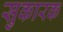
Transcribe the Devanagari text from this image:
सुकारक